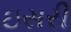
ઇસરી